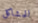
للمشاكل